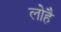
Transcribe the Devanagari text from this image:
लोहै